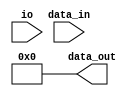
//=======================================================================

// Last Modified      : 
// Update Count       :2014-04-28 09:31
// Description        :To Count the number of leading ones/zero in a word
//                     
//                     
//=======================================================================

module cloz(/*AUTOARG*/
    //Inputs
    data_in, io, 

    //Outputs
    data_out);
    input  [31:0]  data_in;
    input          io;

    output [31:0]  data_out;
    /* 
    reg    [31:0]  v, c, data_out;
    always @* begin
        if (io == 1)
            v = ~(data_in ^ (data_in - 1));
        else 
            v = data_in ^ (data_in - 1);
       
        for (c=0; v; c=c+1)
            v = v>>1;
        data_out = c;
    end
    */
    wire    [31:0]  result = 32'b0;
    wire    [31:0]  value;
    wire    [15:0]  val16;
    wire    [7:0]   val8;
    wire    [3:0]   val4;
    assign  value = io ? ~data_in : data_in;
    assign  result[4] = (value[31:16] == 16'b0);
    assign  val16     = result[4] ? value[15:0] : value[31:16];
    assign  result[3] = (val16[15:8] == 8'b0);
    assign  val8      = result[3] ? val16[7:0] : val16[15:8];
    assign  result[2] = (val8[7:4] == 4'b0);
    assign  val4      = result[2] ? val8[3:0] : val8[7:4];
    assign  result[1] = (val4[3:2] == 2'b0);
    assign  result[0] = result[1] ? ~val4[1] : ~val4[3];
    
    assign  data_out = result;
endmodule